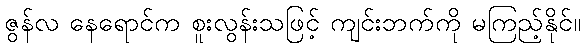
ဇွန်လ နေရောင်က စူးလွန်းသဖြင့် ကျင်းဘက်ကို မကြည့်နိုင်။